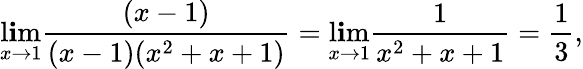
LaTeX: \operatorname*{l\mathbf{i}m}_{x\to1}{\frac{{(x-1)}}{{(x-1)(x^{2}+x+1)}}}=\operatorname*{l\mathbf{i}m}_{x\to1}{\frac{{1}}{{x^{2}+x+1}}}={\frac{{1}}{{3}}},